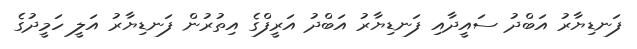
ފަނޑިޔާރު އަބްދު ސައީދާއި ފަނޑިޔާރު އަބްދު އަރީފްގެ އިތުރުން ފަނޑިޔާރު އަލީ ހަމީދުގެ